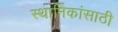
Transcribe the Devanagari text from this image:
स्थानिकांसाठी